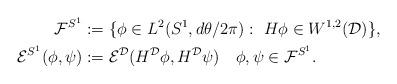
LaTeX: \begin{align*}{\cal F}^{S^1}&:=\{\phi\in L^2(S^1, d\theta/2\pi):\ H\phi\in W^{1,2}({\cal D})\},\\{\cal E}^{S^1}(\phi,\psi)&:={\cal E}^{\cal D}(H^{\cal D}\phi,H^{\cal D}\psi)\ \ \ \phi,\psi\in{\cal F}^{S^1}.\end{align*}